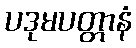
ပဒုမပတ္တာနံ